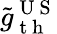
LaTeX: \tilde{g}_{\mathrm{~t~h~}}^{\mathrm{~U~S~}}